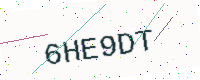
Text: 6HE9DT